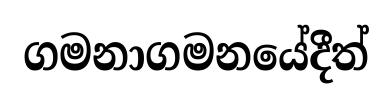
ගමනාගමනයේදීත්